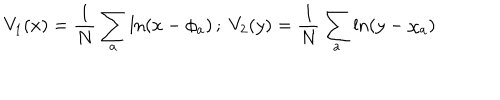
V _ { 1 } ( x ) = \frac { 1 } { N } \sum _ { a } \ln ( x - \phi _ { a } ) \, ; \; V _ { 2 } ( y ) = \frac { 1 } { N } \sum _ { a } \ln ( y - \chi _ { a } )